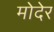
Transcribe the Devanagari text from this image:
मोदेर